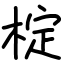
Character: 椗